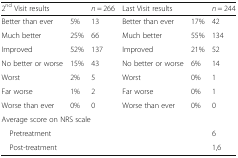
<table><thead><tr><td colspan="2"><b>2<sup>nd</sup> Visit results</b></td><td><b><i>n</i> = 266</b></td><td colspan="2"><b>Last Visit results</b></td><td><b><i>n</i> = 244</b></td></tr></thead><tbody><tr><td>Better than ever</td><td>5%</td><td>13</td><td>Better than ever</td><td>17%</td><td>42</td></tr><tr><td>Much better</td><td>25%</td><td>66</td><td>Much better</td><td>55%</td><td>134</td></tr><tr><td>Improved</td><td>52%</td><td>137</td><td>Improved</td><td>21%</td><td>52</td></tr><tr><td>No better or worse</td><td>15%</td><td>43</td><td>No better or worse</td><td>6%</td><td>14</td></tr><tr><td>Worst</td><td>2%</td><td>5</td><td>Worst</td><td>0%</td><td>1</td></tr><tr><td>Far worse</td><td>1%</td><td>2</td><td>Far worse</td><td>0%</td><td>1</td></tr><tr><td>Worse than ever</td><td>0%</td><td>0</td><td>Worse than ever</td><td>0%</td><td>0</td></tr><tr><td colspan="6">Average score on NRS scale</td></tr><tr><td colspan="5"> Pretreatment</td><td>6</td></tr><tr><td colspan="5"> Post-treatment</td><td>1,6</td></tr></tbody></table>